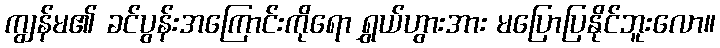
ကျွန်မ၏ ခင်ပွန်းအကြောင်းကိုရော ရွှယ်ဟွားအား မပြောပြနိုင်ဘူးလော။